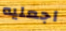
اجعليه